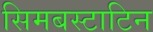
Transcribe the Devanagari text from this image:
सिमबस्टाटिन